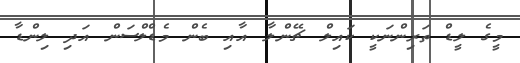
މީގެ ލީޑް ތަރިންނަކީ ކައިލް ޗޭންލާ އާއި ބެން މެޑްލްސަން އަދި ލިންޑާ